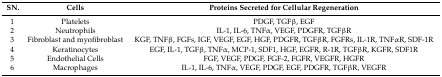
<table><thead><tr><td><b>SN.</b></td><td><b>Cells</b></td><td><b>Proteins Secreted for Cellular Regeneration</b></td></tr></thead><tbody><tr><td>1</td><td>Platelets</td><td>PDGF, TGFβ, EGF</td></tr><tr><td>2</td><td>Neutrophils</td><td>IL-1, IL-6, TNFα, VEGF, PDGFR, TGFβR</td></tr><tr><td>3</td><td>Fibroblast and myofibroblast</td><td>KGF, TNFβ, FGFs, IGF, VEGF, EGF, HGF, PDGFR, TGFβR, FGFRs, IL-1R, TNFαR, SDF-1R</td></tr><tr><td>4</td><td>Keratinocytes</td><td>EGF, IL-1, TGFβ, TNFα, MCP-1, SDF1, HGF, EGFR, R-1R, TGFβR, KGFR, SDF1R</td></tr><tr><td>5</td><td>Endothelial Cells</td><td>FGF, VEGF, PDGF, FGF-2, FGFR, VEGFR, HGFR</td></tr><tr><td>6</td><td>Macrophages</td><td>IL-1, IL-6, TNFα, VEGF, PDGF, EGF, PDGFR, TGFβR, VEGFR</td></tr></tbody></table>